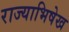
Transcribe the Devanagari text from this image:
राज्याभिषेख